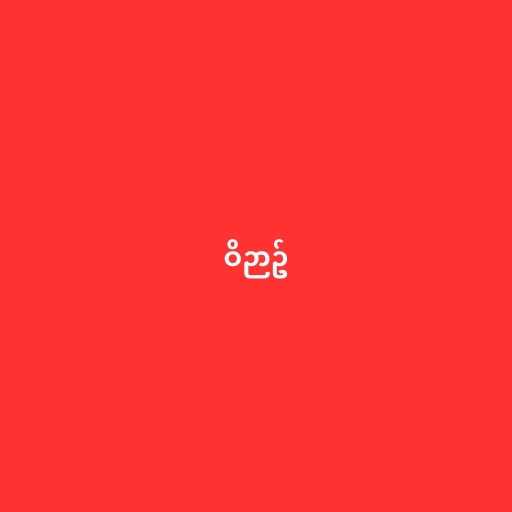
ဝိဉာဥ်